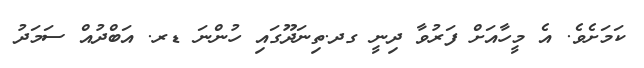
ކަމަށެވެ. އެ މީހާއަށް ފަރުވާ ދިނީ ގދ.ތިނަދޫގައި ހުންނަ ޑރ. އަބްދުއް ސަމަދު